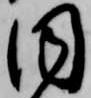
同